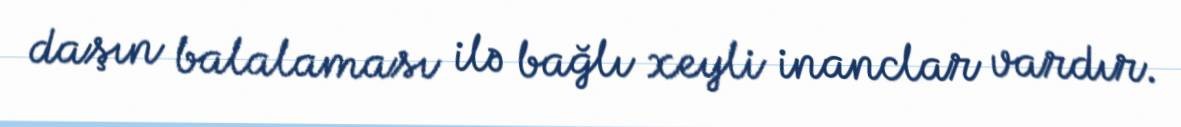
daşın balalaması ilə bağlı xeyli inanclar vardır.